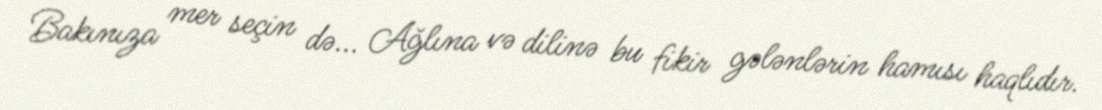
Bakınıza mer seçin də... Ağlına və dilinə bu fikir gələnlərin hamısı haqlıdır.